Report on lock hospitals in British Burma
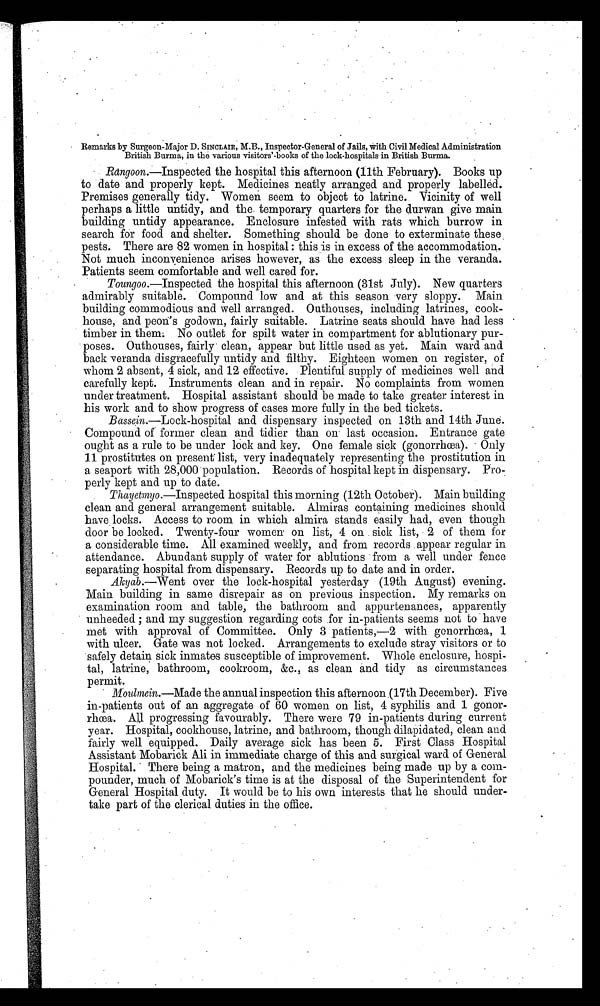
Remarks by Surgeon-Major D. SINCLAIR, M.B., Inspector-General of Jails, with Civil Medical Administration
British Burma, in the various visitors'-books of the lock-hospitals in British Burma.
Rangoon.—Inspected the hospital this afternoon (11th February). Books up
to date and properly kept. Medicines neatly arranged and properly labell ėd.
Premises generally tidy. Women seem to object to latrine. Vicinity of well
perhaps a little untidy, and the temporary quarters for the durwan give main
building untidy appearance. Enclosure infested with rats which burrow in
search for food and shelter. Something should be done to exterminate these
pests. There are 82 women in hospital : this is in excess of the accommodation.
Not much inconvenience arises however, as the excess sleep in the veranda.
Patients seem comfortable and well cared for.
Toungoo.—Inspected the hospital this afternoon (31st July). New quarters
admirably suitable. Compound low and at this season very sloppy. Main
building commodious and well arranged. Outhouses, including latrines, cook-
house, and peon's godown, fairly suitable. Latrine seats should have had less
timber in them. No outlet for spilt water in compartment for ablutionary pur-
poses. Outhouses, fairly clean, appear but little used as yet. Main ward and
back veranda disgracefully untidy and filthy. Eighteen women on register, of
whom 2 absent, 4 sick, and 12 effective. Plentiful supply of medicines well and
carefully kept. Instruments clean and in repair. No complaints from women
under treatment. Hospital assistant should be made to take greater interest in
his work and to show progress of cases more fully in the bed tickets.
Bassein. —Lock-hospital and dispensary inspected on 13th and 14th June.
Compound of former clean and tidier than on last occasion. Entrance gate
ought as a rule to be under lock and key. One female sick (gonorrhœa). Only
11 prostitutes on present list, very inadequately representing the prostitution in
a seaport with 28,000 population. Records of hospital kept in dispensary. Pro-
perly kept and up to date.
Thayetmyo. —Inspected hospital this morning (12th October). Main building
clean and general arrangement suitable. Almiras containing medicines should
have locks. Access to room in which almira stands easily had, even though
door be locked. Twenty-four women on list, 4 on sick list, 2 of them for
a considerable time. All examined weekly, and from records appear regular in
attendance. Abundant supply of water for ablutions from a well under fence
separating hospital from dispensary. Records up to date and in order.
Akyab.—Went over the lock-hospital yesterday (19th August) evening.
Main building in same disrepair as on previous inspection. My remarks on
examination room and table, the bathroom and appurtenances, apparently
unheeded ; and my suggestion regarding cots for in-patients seems not to have
met with approval of Committee. Only 3 patients,
—2
with
gonorrhœa, 1
with ulcer. Gate was not locked. Arrangements to exclude stray visitors or to
safely detain sick inmates susceptible of improvement. Whole enclosure, hospi-
tal, latrine, bathroom, cookroom, &c., as clean and tidy as circumstances
permit.
Moulmein.—Made the annual inspection this afternoon (17th December). Five
in-patients out of an aggregate of 60 women on list, 4 syphilis and 1 gonor-
rhœa. All progressing favourably. There were 79 in-patients during current
year. Hospital, cookhouse, latrine, and bathroom, though dilapidated, clean and
fairly well equipped. Daily average sick has been 5. First Class Hospital
Assistant Mobarick Ali in immediate charge of this and surgical ward of General
Hospital. There being a matron, and the medicines being made up by a com-
pounder, much of Mobarick's time is at the disposal of the Superintendent for
General Hospital duty. It would be to his own interests that he should under-
take part of the clerical duties in the office.